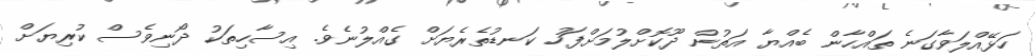
ހަޅޭއްލަވާގަނެ ތައްހާން ބެއްޔާ އަތުން ދޫކޮށްލުމަށްފަހު ކަނޑުތެރެޔަށް ގެއްލުނެވެ. އިސާހިތަކު ދޯނިވެސް ކުރިޔަށް